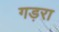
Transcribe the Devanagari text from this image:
गड़रा